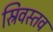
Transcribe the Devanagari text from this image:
स्रिवस्तव